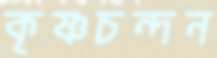
কৃষ্ণচন্দন